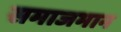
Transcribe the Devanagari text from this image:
समाजभान